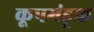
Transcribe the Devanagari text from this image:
कूपमंडूक